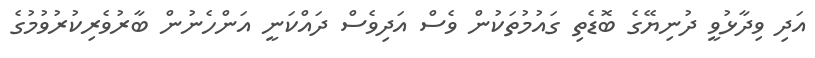
އަދި ވިދާޅުވީ ދުނިޔޭގެ ބޮޑެތި ގައުމުތަކުން ވެސް އަދިވެސް ދައްކަނީ އަންހެނުން ބާރުވެރިކުރުވުމުގެ